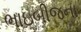
ભાઇબીજના